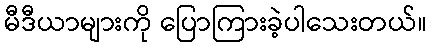
မီဒီယာများကို ပြောကြားခဲ့ပါသေးတယ်။